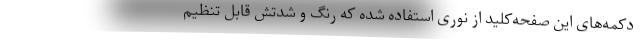
دکمه‌های این صفحه‌کلید از نوری استفاده شده که رنگ و شدتش قابل تنظیم